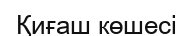
Қиғаш көшесі